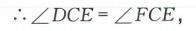
\(\therefore\angle DCE=\angle FCE,\)